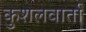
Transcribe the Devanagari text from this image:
कुशलवार्ता